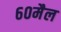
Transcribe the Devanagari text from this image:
६०मैल